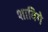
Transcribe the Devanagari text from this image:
शाविगे